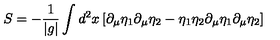
S = - { \frac { 1 } { | g | } } \int d ^ { 2 } x \left[ \partial _ { \mu } \eta _ { 1 } \partial _ { \mu } \eta _ { 2 } - \eta _ { 1 } \eta _ { 2 } \partial _ { \mu } \eta _ { 1 } \partial _ { \mu } \eta _ { 2 } \right]